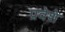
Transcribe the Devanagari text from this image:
प्रवेशे